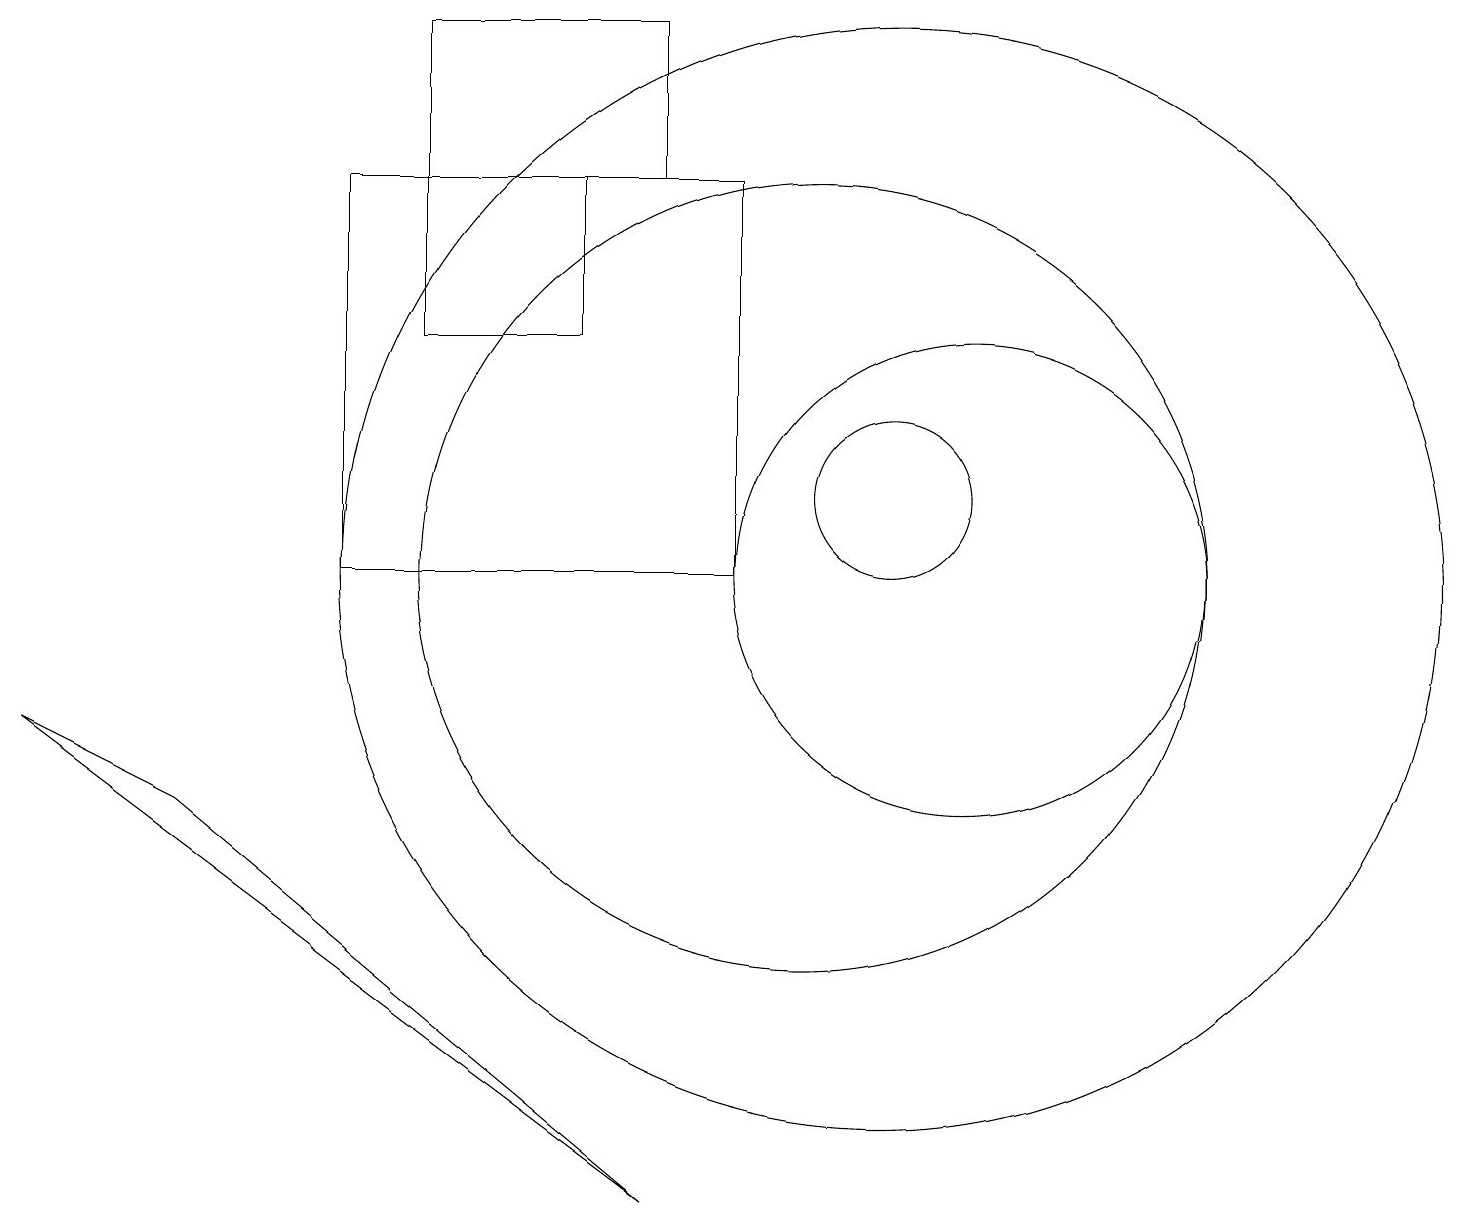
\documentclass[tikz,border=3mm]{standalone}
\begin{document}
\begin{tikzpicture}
\draw (5,15) rectangle (7,13);
\draw (12,10) circle (3);
\draw (11,11) circle (1);
\draw (11,10) circle (7);
\draw (5,15) rectangle (8,17);
\draw (0,8) -- (2,7) -- (8,2) -- cycle;
\draw (4,10) rectangle (9,15);
\draw (10,10) circle (5);
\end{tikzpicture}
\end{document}